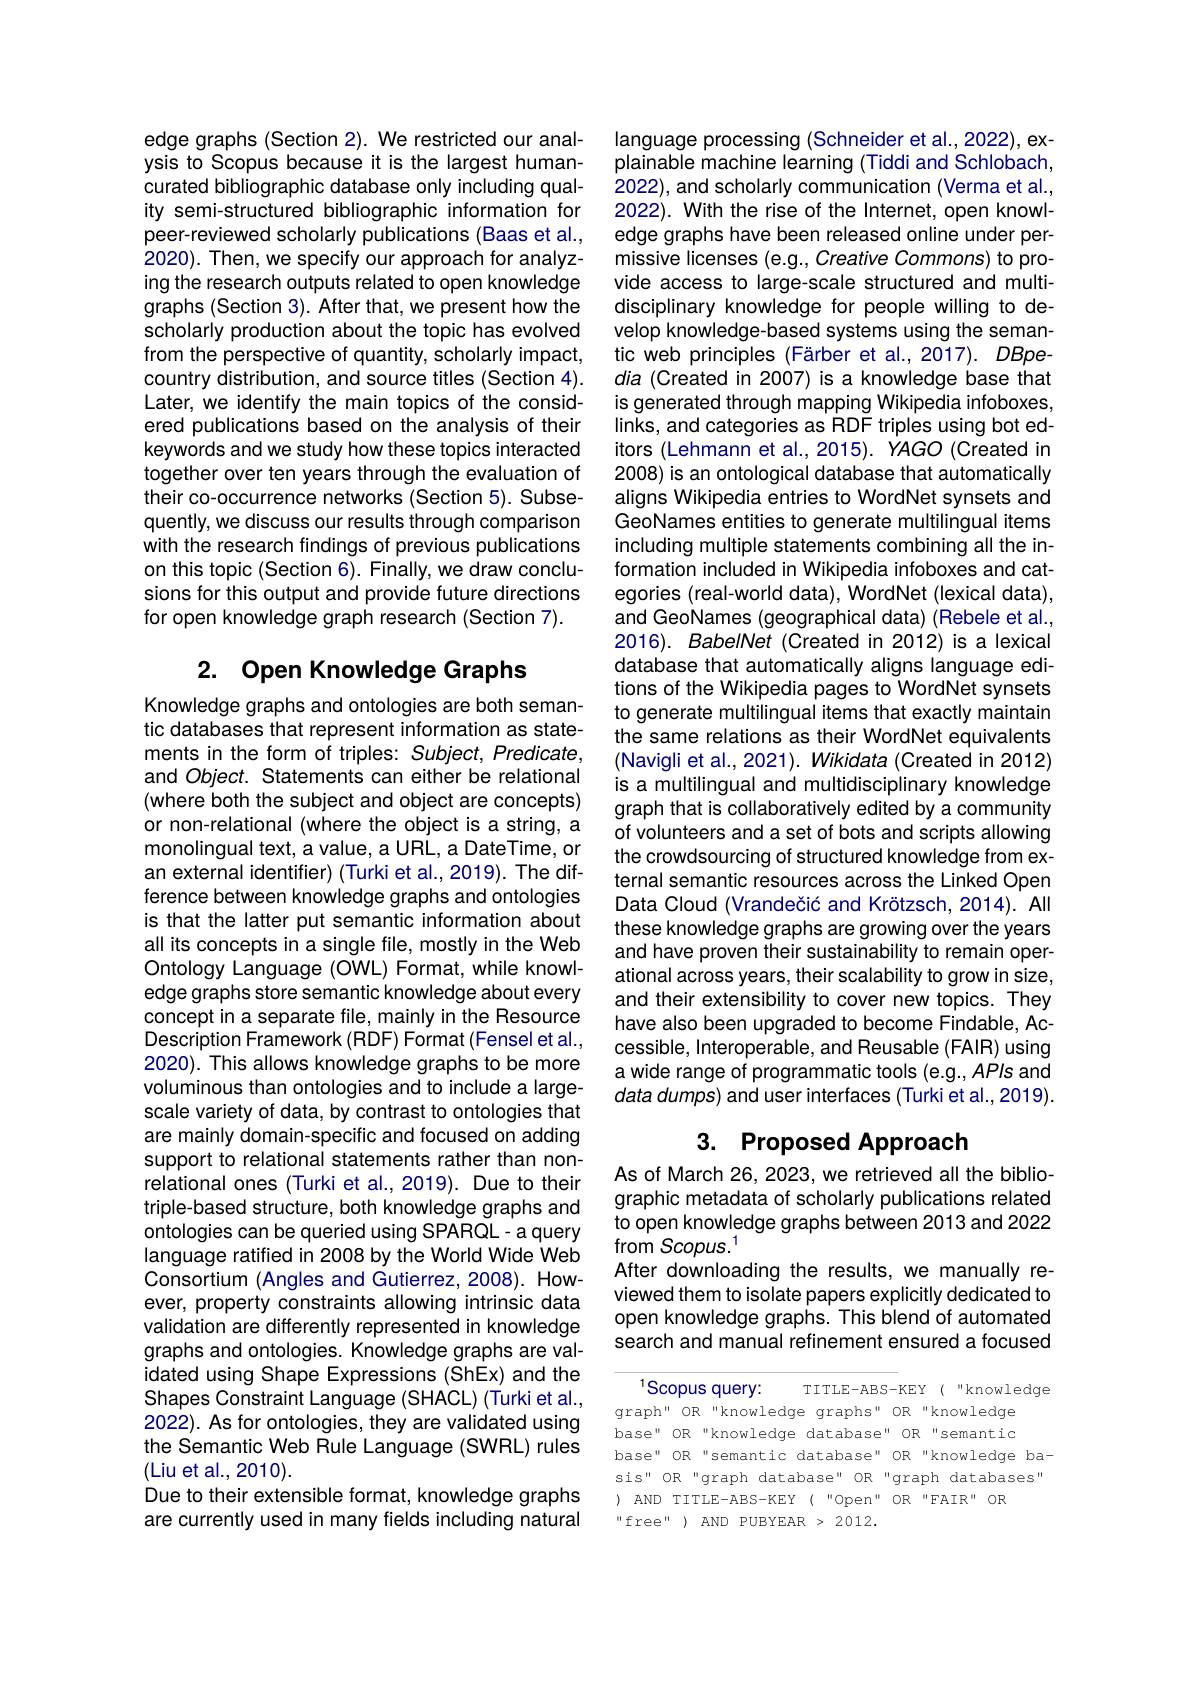
edge graphs (Section 2). We restricted our analysis to Scopus because it is the largest humancurated bibliographic database only including quality semi-structured bibliographic information for peer-reviewed scholarly publications (Baas et al., 2020). Then, we specify our approach for analyzing the research outputs related to open knowledge graphs (Section 3). After that, we present how the scholarly production about the topic has evolved from the perspective of quantity, scholarly impact, country distribution, and source titles (Section 4). Later, we identify the main topics of the considered publications based on the analysis of their keywords and we study how these topics interacted together over ten years through the evaluation of their co-occurrence networks (Section 5). Subsequently, we discuss our results through comparison with the research findings of previous publications on this topic (Section 6). Finally, we draw conclusions for this output and provide future directions for open knowledge graph research (Section 7).

# 2. Open Knowledge Graphs

Knowledge graphs and ontologies are both semantic databases that represent information as statements in the form of triples: Subject, Predicate, and Object. Statements can either be relational (where both the subject and object are concepts) or non-relational (where the object is a string, a monolingual text, a value, a URL, a DateTime, or an external identifier) (Turki et al.,2019). The difference between knowledge graphs and ontologies is that the latter put semantic information about all its concepts in a single file, mostly in the Web Ontology Language (OWL) Format, while knowledge graphs store semantic knowledge about every concept in a separate file, mainly in the Resource Description Framework (RDF) Format (Fensel et al., 2020). This allows knowledge graphs to be more voluminous than ontologies and to include a largescale variety of data, by contrast to ontologies that are mainly domain-specific and focused on adding support to relational statements rather than nonrelational ones (Turki et al.,2019). Due to their triple-based structure, both knowledge graphs and ontologies can be queried using SPARQL- a query language ratified in 2008 by the World Wide Web Consortium (Angles and Gutierrez, 2008). However, property constraints allowing intrinsic data validation are differently represented in knowledge graphs and ontologies. Knowledge graphs are validated using Shape Expressions (ShEx) and the Shapes Constraint Language (SHACL) (Turki et al., 2022). As for ontologies, they are validated using the Semantic Web Rule Language (SWRL) rules (Liu et al., 2010).
Due to their extensible format, knowledge graphs are currently used in many fields including natural

language processing (Schneider et al.,2022), explainable machine learning (Tiddi and Schlobach, 2022), and scholarly communication (Verma et al., 2022). With the rise of the Internet, open knowledge graphs have been released online under permissive licenses (e.g., Creative Commons) to provide access to large-scale structured and multidisciplinary knowledge for people willing to develop knowledge-based systems using the semantic web principles (Färber et al.,2017). DBpedia (Created in 2007) is a knowledge base that is generated through mapping Wikipedia infoboxes, links, and categories as RDF triples using bot editors (Lehmann et al.,2015). YAGO (Created in 2008) is an ontological database that automatically aligns Wikipedia entries to WordNet synsets and GeoNames entities to generate multilingual items including multiple statements combining all the information included in Wikipedia infoboxes and categories (real-world data), WordNet (lexical data), and GeoNames (geographical data) (Rebele et al., 2016). BabelNet (Created in 2012) is a lexical database that automatically aligns language editions of the Wikipedia pages to WordNet synsets to generate multilingual items that exactly maintain the same relations as their WordNet equivalents (Navigli et al., 2021). Wikidata (Created in 2012) is a multilingual and multidisciplinary knowledge graph that is collaboratively edited by a community of volunteers and a set of bots and scripts allowing the crowdsourcing of structured knowledge from external semantic resources across the Linked Open Data Cloud (Vrandečić and Krötzsch, 2014). All these knowledge graphs are growing over the years and have proven their sustainability to remain operational across years, their scalability to grow in size, and their extensibility to cover new topics. They have also been upgraded to become Findable, Accessible, Interoperable, and Reusable (FAIR) using a wide range of programmatic tools (e.g., APIs and data dumps) and user interfaces (Turki et al.,2019).

# 3. Proposed Approach

As of March 26, 2023, we retrieved all the bibliographic metadata of scholarly publications related to open knowledge graphs between 2013 and 2022 from Scopus.$^{1}$
After downloading the results, we manually reviewed them to isolate papers explicitly dedicated to open knowledge graphs. This blend of automated search and manual refinement ensured a focused

$^{1}$Scopus query:
TITLE-ABS-KEY("knowledge
graph" OR "knowledge graphs" OR"knowledge base" OR "knowledge database" OR"semantic base" OR"semantic database" OR"knowledge basis" OR "graph database" OR "graph databases" ) AND TITLE-ABS-KEY("Open" OR"FAIR" OR
“ free"  ) AND PUBYEAR > 2012.